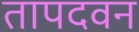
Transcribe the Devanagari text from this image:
तापदवन